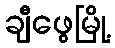
ချီဖွေမြို့